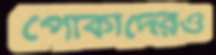
পোকাদেরও